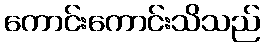
ကောင်းကောင်းသိသည်